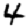
Digit: 4